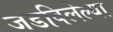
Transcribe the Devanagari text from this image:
जडविलेल्या